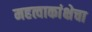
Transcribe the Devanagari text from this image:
महत्वाकांक्षेचा